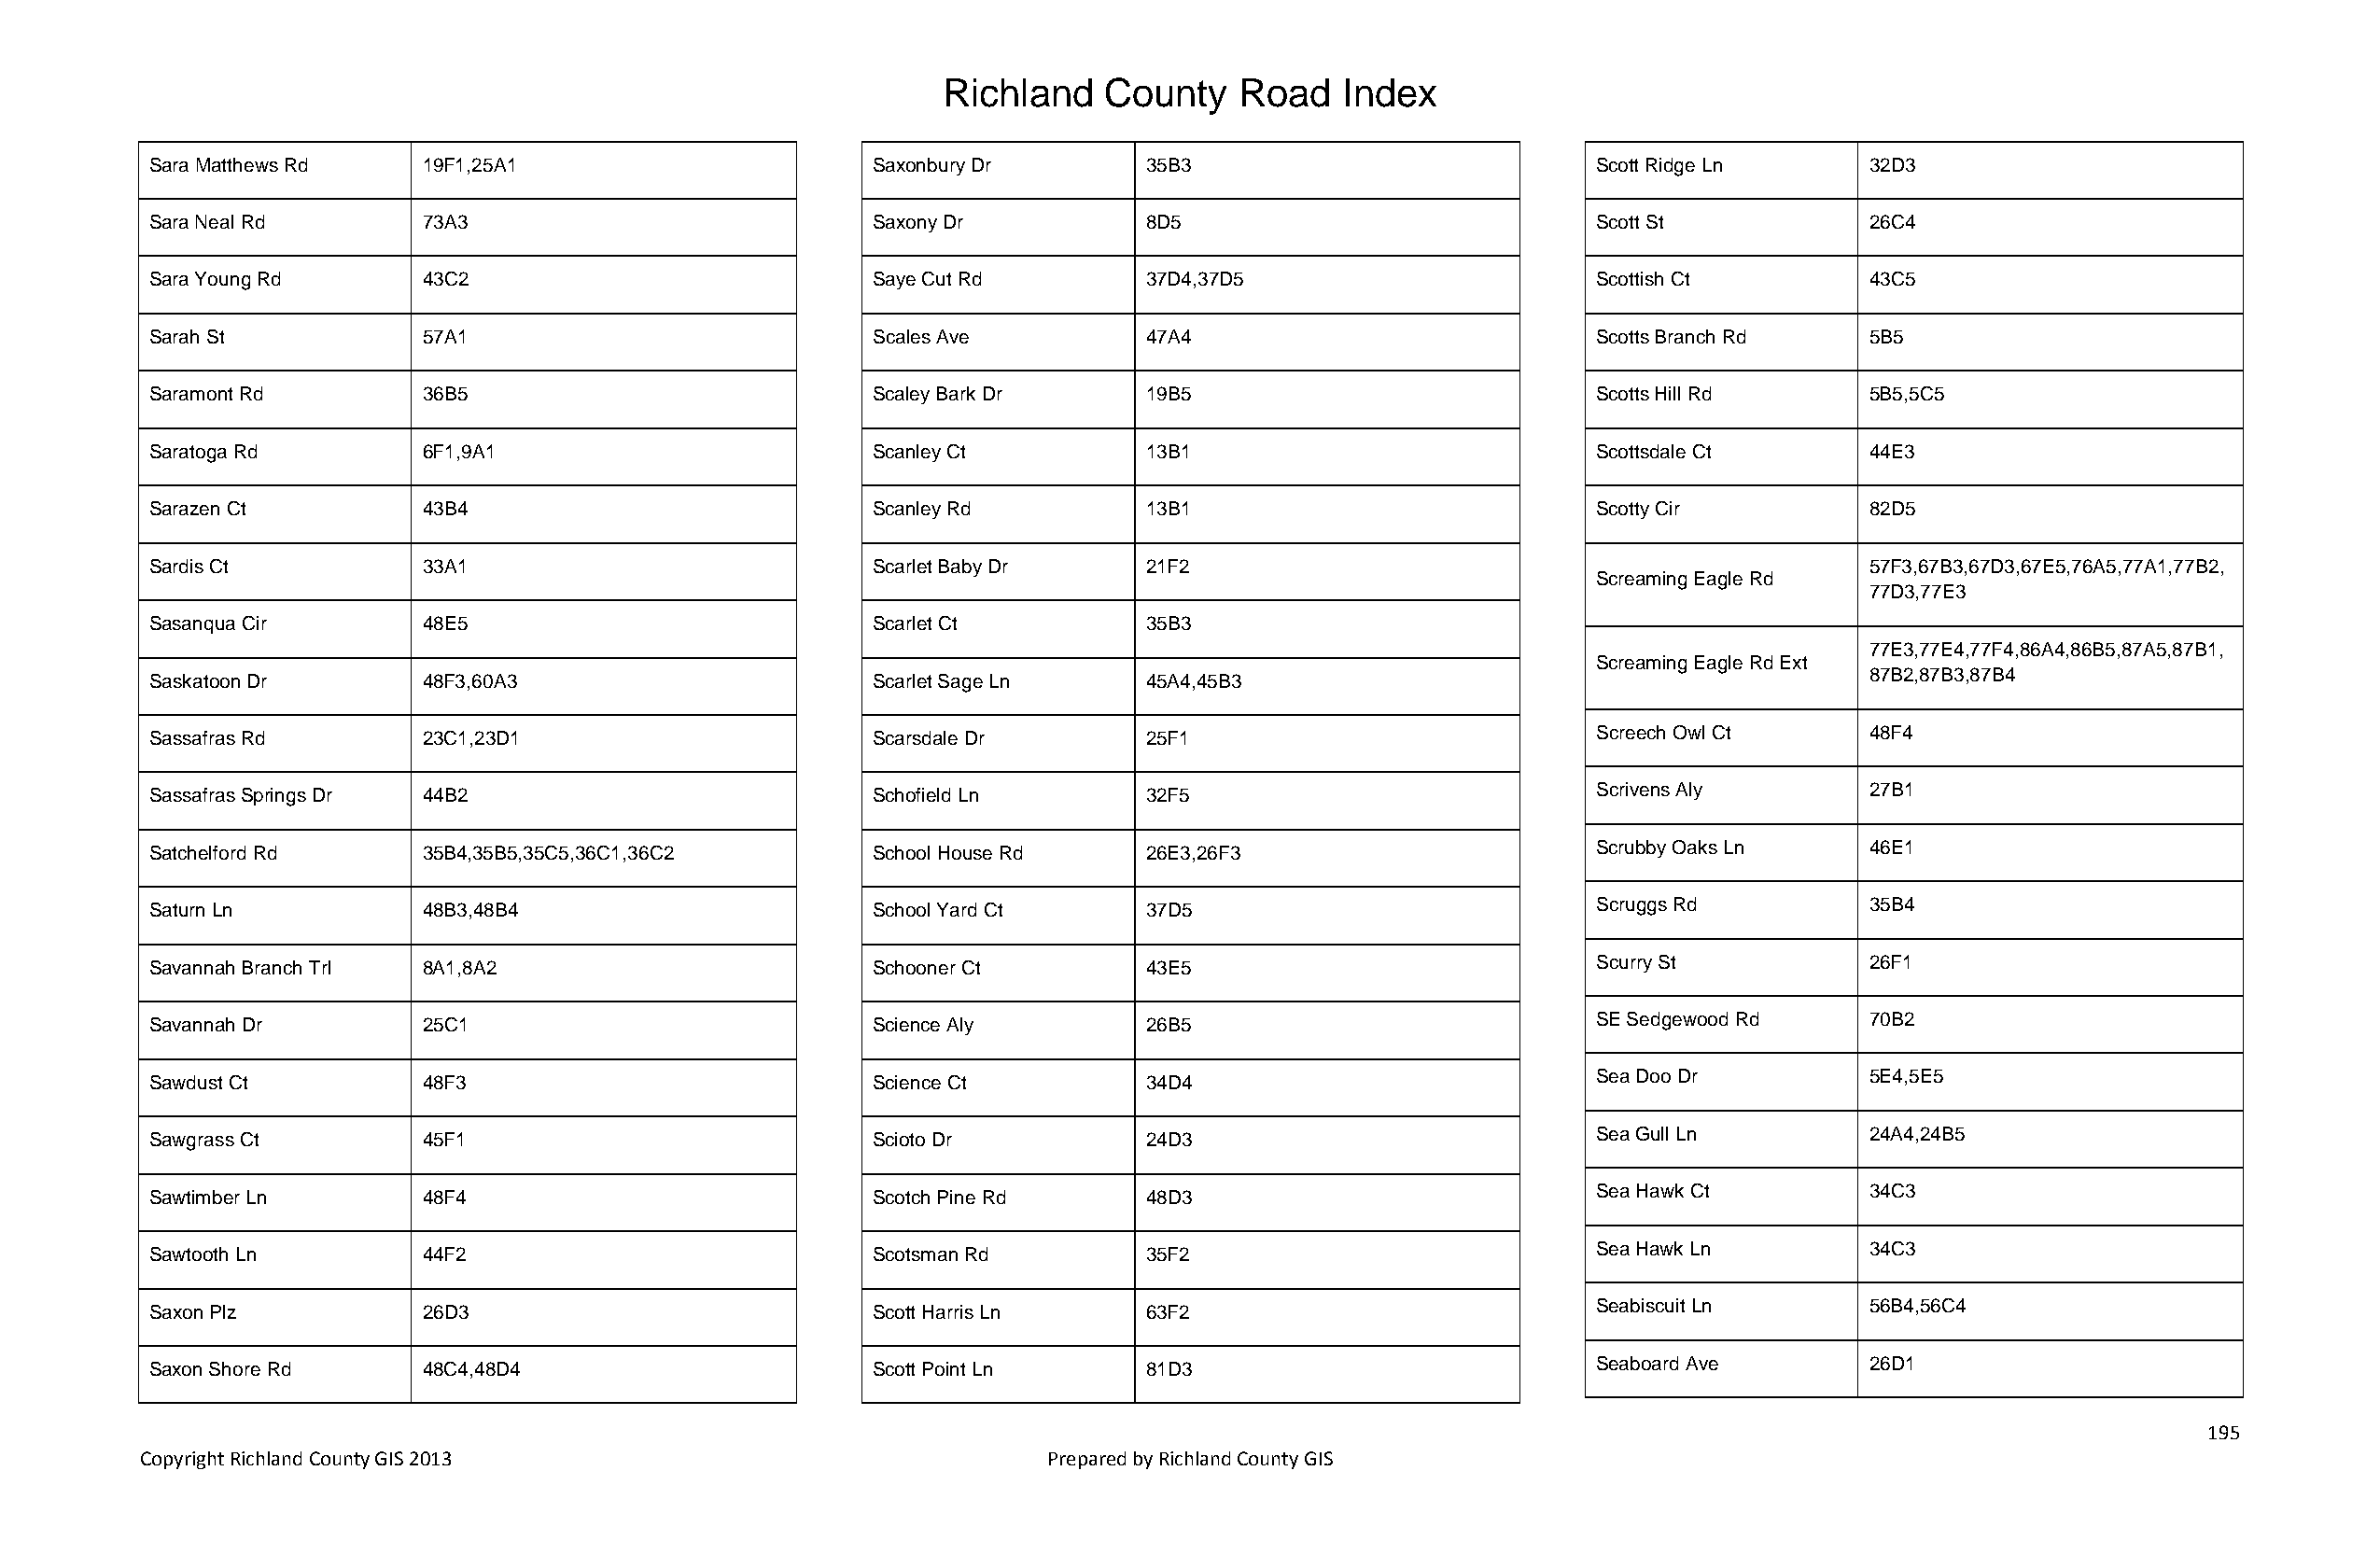
Richland   County    Road   Index
 Sara Matthews Rd   19F1,25A1                       Saxonbury Dr       35B3                            Scott Ridge Ln      32D3
 Sara Neal Rd       73A3                            Saxony Dr          8D5                             Scott St            26C4
 Sara Young Rd      43C2                            Saye Cut Rd        37D4,37D5                       Scottish Ct         43C5
 Sarah St           57A1                            Scales Ave         47A4                            Scotts Branch Rd    5B5
 Saramont Rd        36B5                            Scaley Bark Dr     19B5                            Scotts Hill Rd      5B5,5C5
 Saratoga Rd        6F1,9A1                         Scanley Ct         13B1                            Scottsdale Ct       44E3
 Sarazen Ct         43B4                            Scanley Rd         13B1                            Scotty Cir          82D5
 Sardis Ct          33A1                            Scarlet Baby Dr    21F2                                                57F3,67B3,67D3,67E5,76A5,77A1,77B2,
 Screaming Eagle Rd
 77D3,77E3
 Sasanqua Cir       48E5                            Scarlet Ct         35B3
 77E3,77E4,77F4,86A4,86B5,87A5,87B1,
 Screaming Eagle Rd Ext
 Saskatoon Dr       48F3,60A3                       Scarlet Sage Ln    45A4,45B3                                           87B2,87B3,87B4
 Sassafras Rd       23C1,23D1                       Scarsdale Dr       25F1                            Screech Owl Ct      48F4
 Sassafras Springs Dr 44B2                          Schofield Ln       32F5                            Scrivens Aly        27B1
 Satchelford Rd     35B4,35B5,35C5,36C1,36C2        School House Rd    26E3,26F3                       Scrubby Oaks Ln     46E1
 Scruggs Rd          35B4
 Saturn Ln          48B3,48B4                       School Yard Ct     37D5
 Savannah Branch Trl 8A1,8A2                        Schooner Ct        43E5                            Scurry St           26F1
 Savannah Dr        25C1                            Science Aly        26B5                            SE Sedgewood Rd     70B2
 Sawdust Ct         48F3                            Science Ct         34D4                            Sea Doo Dr          5E4,5E5
 Sawgrass Ct        45F1                            Scioto Dr          24D3                            Sea Gull Ln         24A4,24B5
 Sea Hawk Ct         34C3
 Sawtimber Ln       48F4                            Scotch Pine Rd     48D3
 Sawtooth Ln        44F2                            Scotsman Rd        35F2                            Sea Hawk Ln         34C3
 Saxon Plz          26D3                            Scott Harris Ln    63F2                            Seabiscuit Ln       56B4,56C4
 Seaboard Ave        26D1
 Saxon Shore Rd     48C4,48D4                       Scott Point Ln     81D3
 195
 Copyright Richland County GIS 2013                              Prepared by Richland County GIS